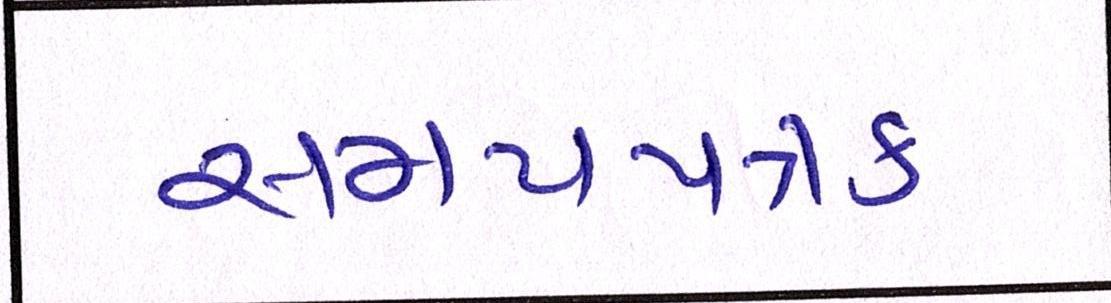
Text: સમયપત્રક